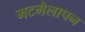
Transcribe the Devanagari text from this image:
मटमैलापन